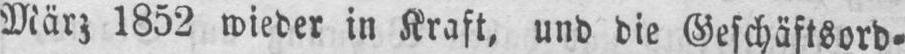
März 1852 wieder in Kraft, und die Geschäftsord⸗